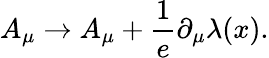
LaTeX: A_{\mu}\rightarrow A_{\mu}+\frac{1}{e}\partial_{\mu}\lambda(x).